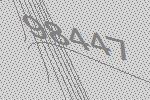
98447